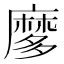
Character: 𪎠